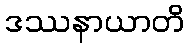
ဒဿနာယာတိ